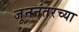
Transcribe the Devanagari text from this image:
जूननंतरच्या